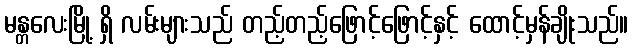
မန္တလေးမြို့ ရှိ လမ်းများသည် တည့်တည့်ဖြောင့်ဖြောင့်နှင့် ထောင့်မှန်ချိုးသည်။